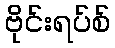
ဗိုင်းရပ်စ်